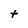
Character: t